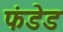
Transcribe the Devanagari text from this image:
फंडेड